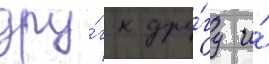
дру́г к дру́гу и́